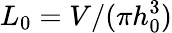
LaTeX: L_{0}=V/(\pi h_{0}^{3})